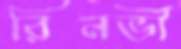
রিনভী